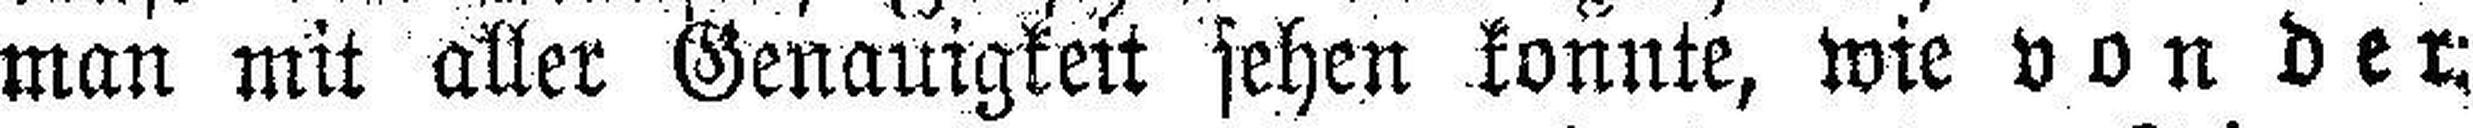
man mit aller Genauigkeit sehen konnte, wie von der